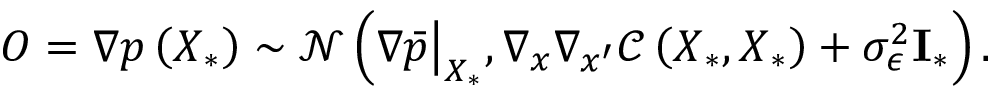
\boldsymbol { O } = \nabla p \left( \boldsymbol { X } _ { * } \right) \sim \mathcal { N } \left( \nabla \bar { p } \big | _ { \boldsymbol { X } _ { * } } , \nabla _ { \boldsymbol { x } } \nabla _ { \boldsymbol { x } ^ { \prime } } \mathcal { C } \left( \boldsymbol { X } _ { * } , \boldsymbol { X } _ { * } \right) + \sigma _ { \epsilon } ^ { 2 } \mathbf { I } _ { * } \right) .